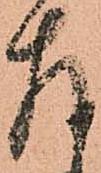
存